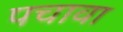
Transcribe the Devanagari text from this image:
पचावा